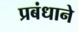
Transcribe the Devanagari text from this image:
प्रबंधाने